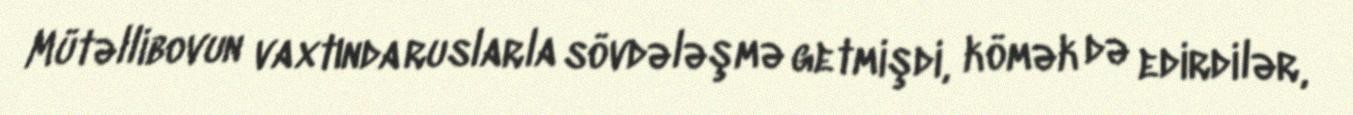
Mütəllibovun vaxtında ruslarla sövdələşmə getmişdi, kömək də edirdilər,